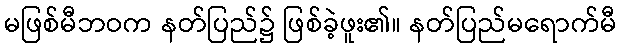
မဖြစ်မီဘဝက နတ်ပြည်၌ ဖြစ်ခဲ့ဖူး၏။ နတ်ပြည်မရောက်မီ